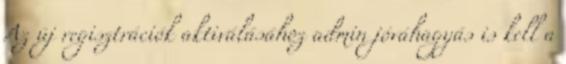
Az új regisztrációk aktiválásához admin jóváhagyás is kell a